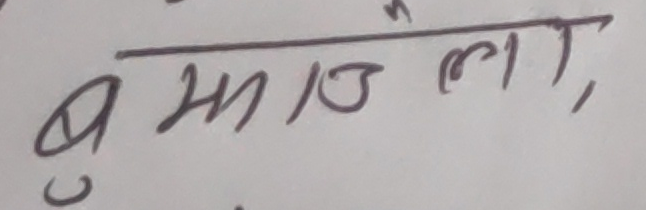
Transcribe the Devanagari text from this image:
बुझाउला,